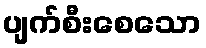
ပျက်စီးစေသော